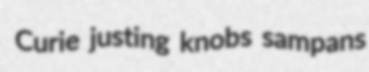
Curie justing knobs sampans